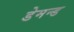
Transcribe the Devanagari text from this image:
डेमन्ड